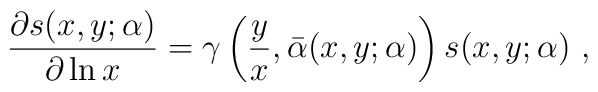
\frac{\partial s(x,y;\alpha)}{\partial\ln x}=\gamma\left(\frac{y}{x},\bar\alpha(x,y;\alpha)\right)s(x,y;\alpha)~,